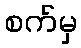
စက်မှ